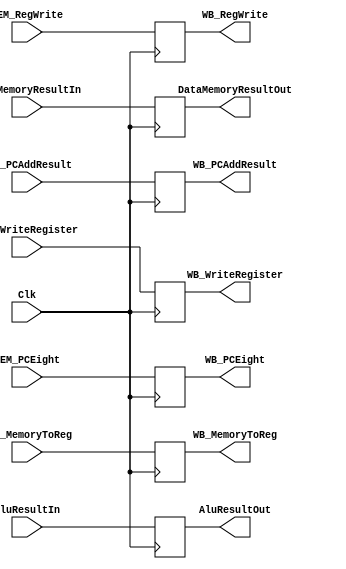
`timescale 1ns / 1ps
//////////////////////////////////////////////////////////////////////////////////
// Company: 
// Engineer: 
// 
// Create Date: 
// Design Name: 
// Module Name: 
// Project Name: 
// Target Devices: 
// Tool Versions: 
// Description: 
// 
// Dependencies: 
// 
// Revision:
// Revision 0.01 - File Created
// Additional Comments:
// 
//////////////////////////////////////////////////////////////////////////////////


////needs the 

module MEM_WB_Reg(Clk, MEM_MemoryToReg, MEM_RegWrite, WB_MemoryToReg, WB_RegWrite, AluResultIn, AluResultOut, DataMemoryResultIn, DataMemoryResultOut, 
MEM_WriteRegister, WB_WriteRegister, MEM_PCAddResult, WB_PCAddResult, MEM_PCEight, WB_PCEight);
                  
    input Clk;

    input MEM_MemoryToReg, MEM_RegWrite, MEM_PCEight;
    input [31:0] AluResultIn, DataMemoryResultIn, MEM_PCAddResult;
    input [4:0] MEM_WriteRegister;
    
    output reg WB_MemoryToReg, WB_RegWrite, WB_PCEight;
    output reg [31:0] AluResultOut, DataMemoryResultOut, WB_PCAddResult;
    output reg [4:0] WB_WriteRegister;
            
                  
    always@(posedge Clk) begin
//        if (noOp == 1'b1) begin
//             WB_MemoryToReg       <= 1'b0;
////             WB_RegWrite            <= 1'b0;
////             AluResultOut         <= 32'b0;
////             DataMemoryResultOut <= 32'b0;
////             WB_WriteRegister <= 5'b0;
////             WB_PCAddResult <= 32'b0;
////             WB_PCEight <= 1'b0;
////        end
//        else begin
             WB_MemoryToReg       <=    MEM_MemoryToReg;
             WB_RegWrite            <=    MEM_RegWrite;
             AluResultOut         <=    AluResultIn;
             DataMemoryResultOut <=    DataMemoryResultIn;
             WB_WriteRegister <= MEM_WriteRegister;
             WB_PCAddResult <= MEM_PCAddResult;
             WB_PCEight <= MEM_PCEight;
    end
endmodule